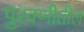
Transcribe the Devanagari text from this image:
पुरवणीतील